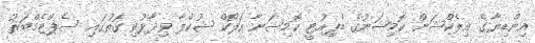
އިންޑިޔާގެ އިލެކްޝަން ކޮމިޝަނުގެ ޑެޕިއުޓީ ކޮމިޝަނާ އަލޯކް ޝުކްލާ ވިދާޅުވި ގޮތުގައި ސެޕްޓެމްބަރު